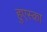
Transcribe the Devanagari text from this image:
हुएस्का